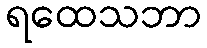
ရထေသဘာ